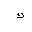
Letter: _kaf